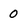
Character: 0